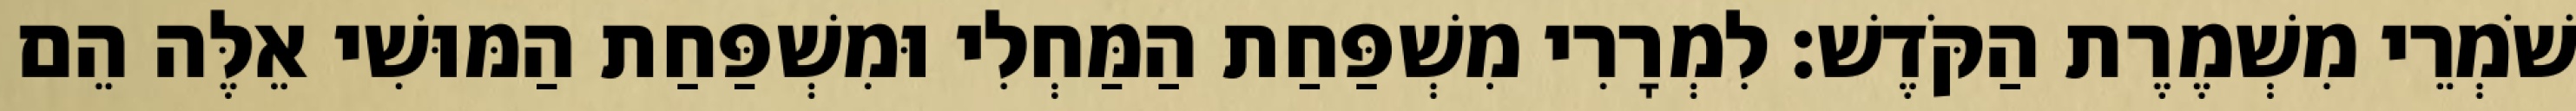
שֹׁמְרֵי מִשְׁמֶרֶת הַקֹּדֶשׁ׃ לִמְרָרִי מִשְׁפַּחַת הַמַּחְלִי וּמִשְׁפַּחַת הַמּוּשִׁי אֵלֶּה הֵם